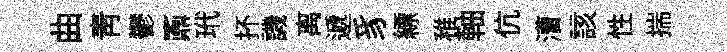
曲靑鬱鼒玳抔譏离遞豸縹稚軸伉漕該性揣